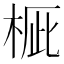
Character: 𣒽